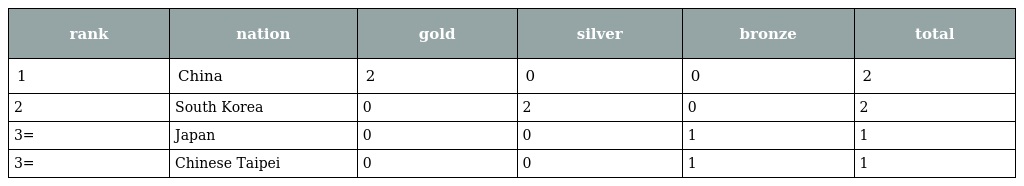
| rank | nation | gold | silver | bronze | total |
 | --- | --- | --- | --- | --- | --- |
 | 1 | China | 2 | 0 | 0 | 2 |
 | 2 | South Korea | 0 | 2 | 0 | 2 |
 | 3= | Japan | 0 | 0 | 1 | 1 |
 | 3= | Chinese Taipei | 0 | 0 | 1 | 1 |